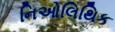
નિઓલિથિક